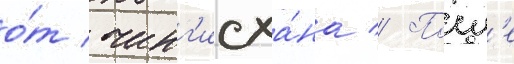
о́т чинг'исха́на // Посл'е